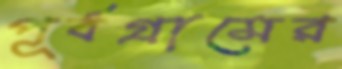
পূর্বগ্রামের